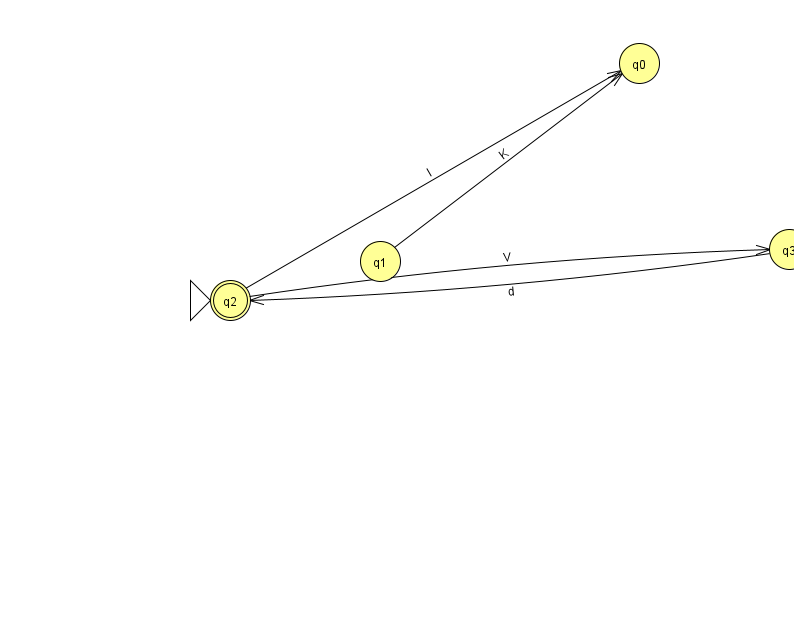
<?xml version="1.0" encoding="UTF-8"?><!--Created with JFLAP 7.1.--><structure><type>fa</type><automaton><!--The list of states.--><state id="0" name="q0"><x>639.0</x><y>50.0</y></state><state id="1" name="q1"><x>380.0</x><y>248.0</y></state><state id="2" name="q2"><x>230.0</x><y>287.0</y><initial/><final/></state><state id="3" name="q3"><x>789.0</x><y>236.0</y></state><!--The list of transitions.--><transition><from>2</from><to>0</to><read>l</read></transition><transition><from>2</from><to>3</to><read>V</read></transition><transition><from>3</from><to>2</to><read>d</read></transition><transition><from>1</from><to>0</to><read>K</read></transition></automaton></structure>